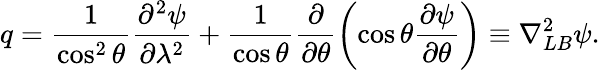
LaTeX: q=\frac{1}{\cos^{2}\theta}\frac{\partial^{2}\psi}{\partial\lambda^{2}}+\frac{1}{\cos\theta}\frac{\partial}{\partial\theta}\left(\cos\theta\frac{\partial\psi}{\partial\theta}\right)\equiv\nabla_{LB}^{2}\psi.